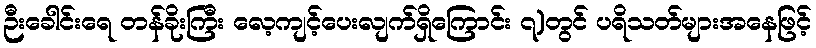
ဉီးခေါင်းရေ တန်ခိုးကြီး လေ့ကျင့်ပေးလျက်ရှိကြောင်း ၇)တွင် ပရိသတ်များအနေဖြင့်